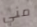
مني